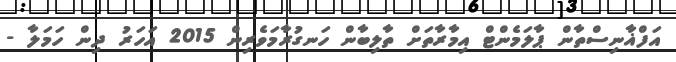
އަފްޣާނިސްތާން ޕާލަމެންޓް އިމާރާތަށް ތާލިބާން ހަނގުރާމަވެރިން 2015 އަހަރު ދިން ހަމަލާ -